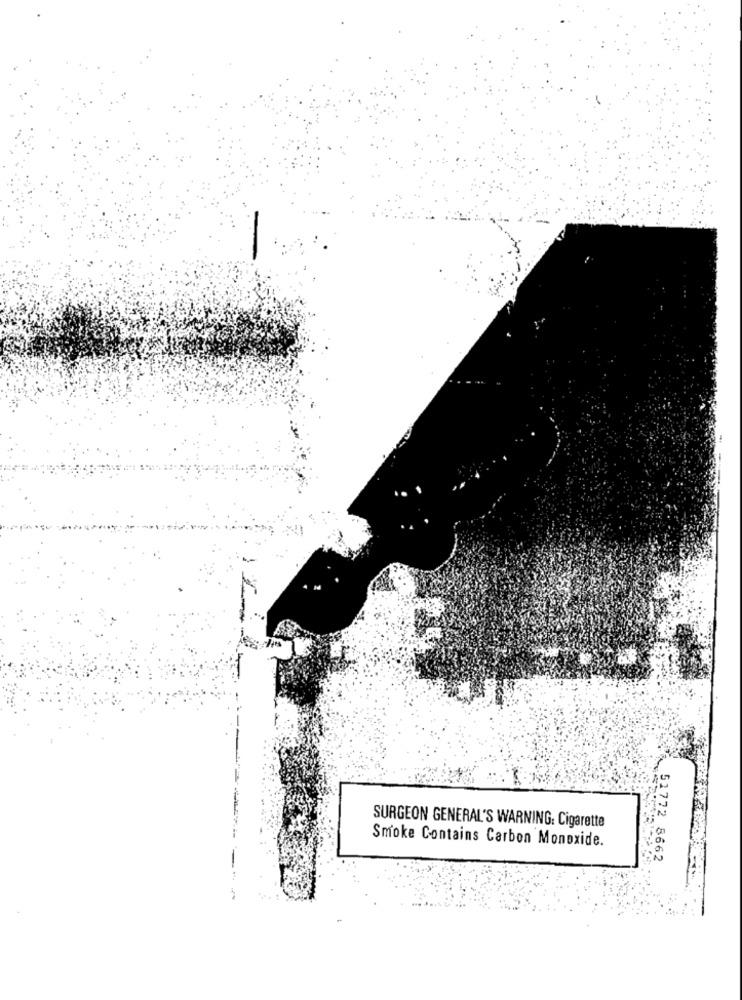
SURGEON GENERAL'S WARNING: Cigarette
Smoke Contains Carbon Monoxide.
51772 8662